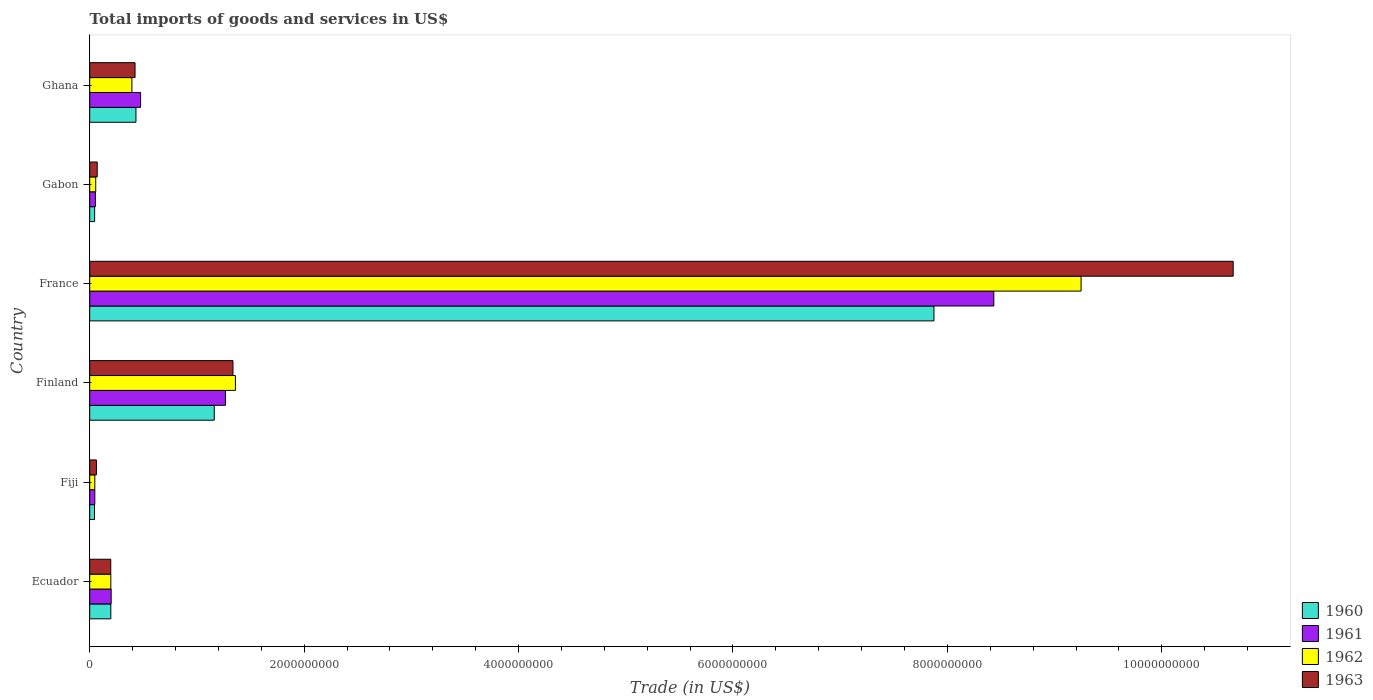
| Country | 1960 | 1961 | 1962 | 1963 |
 | --- | --- | --- | --- | --- |
 | Ecuador | 1.97e+08 | 2e+08 | 1.97e+08 | 1.96e+08 |
 | Fiji | 4.48e+07 | 4.77e+07 | 4.77e+07 | 6.3e+07 |
 | Finland | 1.16e+09 | 1.27e+09 | 1.36e+09 | 1.34e+09 |
 | France | 7.87e+09 | 8.43e+09 | 9.25e+09 | 1.07e+10 |
 | Gabon | 4.62e+07 | 5.31e+07 | 5.62e+07 | 7.01e+07 |
 | Ghana | 4.31e+08 | 4.75e+08 | 3.94e+08 | 4.23e+08 |